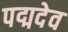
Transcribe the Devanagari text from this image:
पद्मदेव